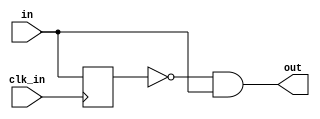

module pulse_gen_rising (input clk_in, input in, output out);

reg ff;
always@(posedge clk_in)
    ff <= in;

assign out = !ff && in;

endmodule